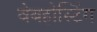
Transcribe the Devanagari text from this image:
वेबहोस्टिंग